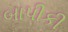
બાપીકી